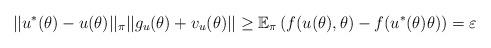
LaTeX: \begin{align*} ||u^*(\theta) - u(\theta)||_\pi ||g_u(\theta) + v_u(\theta)|| \geq \mathbb{E}_\pi\left(f(u(\theta),\theta) - f(u^*(\theta)\theta)\right) = \varepsilon \end{align*}